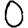
Digit: 0